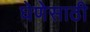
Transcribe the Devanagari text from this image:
घेणेसाठी